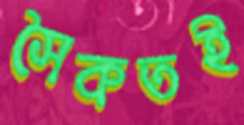
সৈকতই